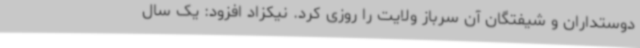
دوستداران و شیفتگان آن سرباز ولایت را روزی کرد. نیکزاد افزود: یک سال